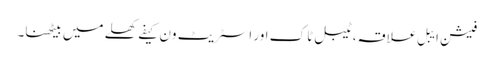
فیشن ایبل علاقہ، ٹیبل ٹاک اور اسٹریٹ ون کیفے کھلے میں بیٹھنا۔